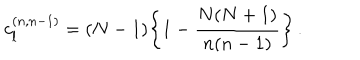
c _ { l } ^ { ( n , n - 1 ) } = ( N - 1 ) \bigg \{ 1 - { \frac { N ( N + 1 ) } { n ( n - 1 ) } } \bigg \} \, .